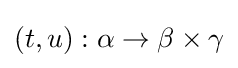
(t,u):\alpha \to \beta \times \gamma